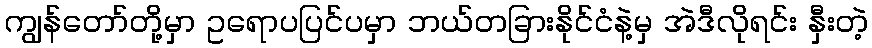
ကျွန်တော်တို့မှာ ဥရောပပြင်ပမှာ ဘယ်တခြားနိုင်ငံနဲ့မှ အဲဒီလိုရင်း နှီးတဲ့